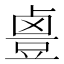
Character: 𱊻